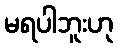
မရပါဘူးဟု